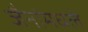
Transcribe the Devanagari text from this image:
जैनांमधले